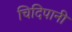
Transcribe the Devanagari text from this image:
चिदिपानी